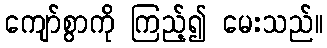
ကျော်စွာကို ကြည့်၍ မေးသည်။